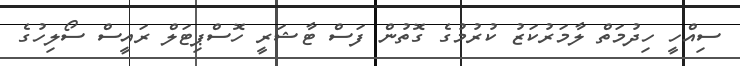
ސިއްހީ ހިދުމަތް ލާމަރުކަޒު ކުރުމުގެ ގޮތުން ފަސް ޓާޝަރީ ހޮސްޕިޓަލް ރައީސް ސޯލިހުގެ